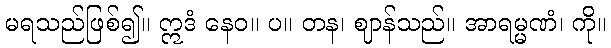
မရသည်ဖြစ်၍။ ဣဒံ နေဝ။ ပ။ တန၊ ဈာန်သည်။ အာရမ္မဏံ၊ ကို။